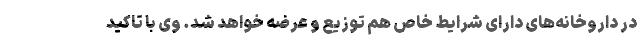
در داروخانه‌های دارای شرایط خاص هم توزیع و عرضه خواهد شد. وی با تاکید